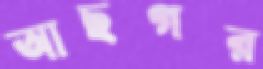
আছগর